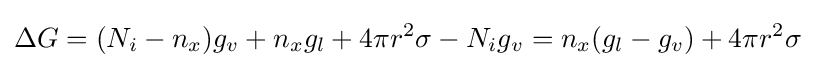
\Delta G=(N_{i}-n_{x})g_{v}+n_{x}g_{l}+4\pi r^{2}\sigma -N_{i}g_{v}=n_{x}(g_{l}-g_{v})+4\pi r^{2}\sigma